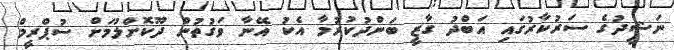
ނަޝީދުގެ ސަރުކާރުގައި އަބްދު ގާޒީ ބަންދުކުރުމާ އެކު އޭނާ ވަގުތުން ދޫކޮށްލުމަށް ސުޕްރީމް